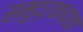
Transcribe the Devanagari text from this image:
समुद्रकावळा